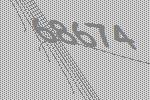
68674